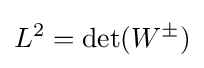
L^{2}=\det(W^{\pm })